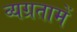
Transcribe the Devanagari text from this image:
व्यग्रतामें